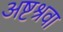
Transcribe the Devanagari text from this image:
अष्टश्रवा